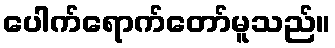
ပေါက်ရောက်တော်မူသည်။